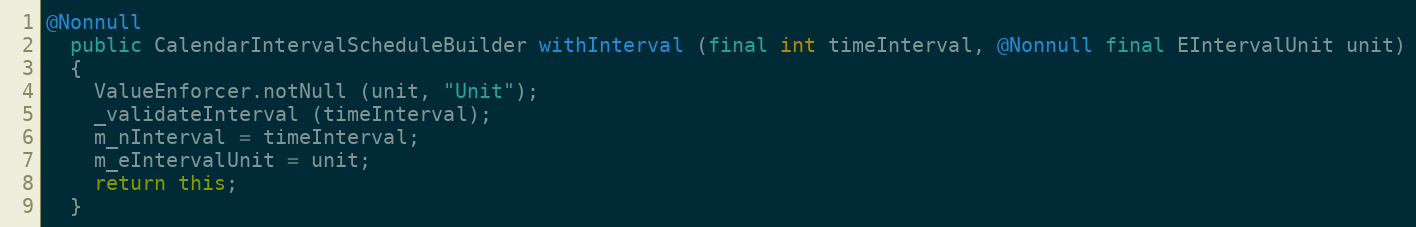
Language: Java
@Nonnull
  public CalendarIntervalScheduleBuilder withInterval (final int timeInterval, @Nonnull final EIntervalUnit unit)
  {
    ValueEnforcer.notNull (unit, "Unit");
    _validateInterval (timeInterval);
    m_nInterval = timeInterval;
    m_eIntervalUnit = unit;
    return this;
  }